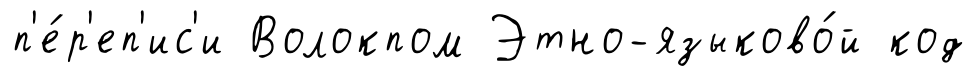
п'е́р'еп'ис'и Волокпом Этно-языково́й код